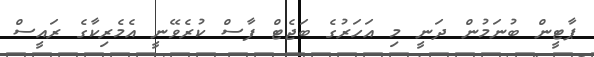
ޕާޓީން ބުނަމުން ދަނީ މި އަހަރުގެ ބަޖެޓް ފާސް ކުރެވޭނީ އެމެރިކާގެ ރައީސް